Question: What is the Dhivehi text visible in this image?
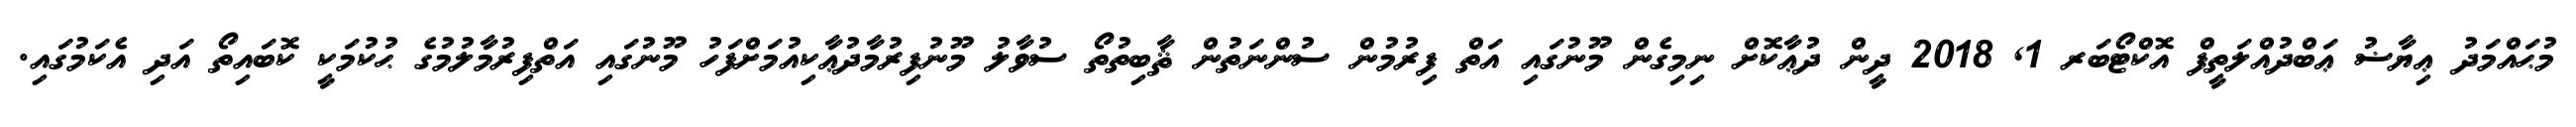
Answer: މުޙައްމަދު ޢިޔާޟު ޢަބްދުއްލަތީފް އޮކްޓޯބަރ 1, 2018 ދީން ދުޢާކޮށް ނިމިގެން މޫނުގައި އަތް ފިރުމުން ސުންނަތުން ޘާބިތުތޯ ސުވާލު މޫނުފިރުމާދުޢާކިއުމަށްފަހު މޫނުގައި އަތްފިރުމާލުމުގެ ޙުކުމަކީ ކޮބައިތޯ އަދި އެކަމުގައި.